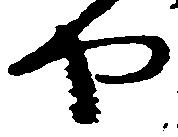
や